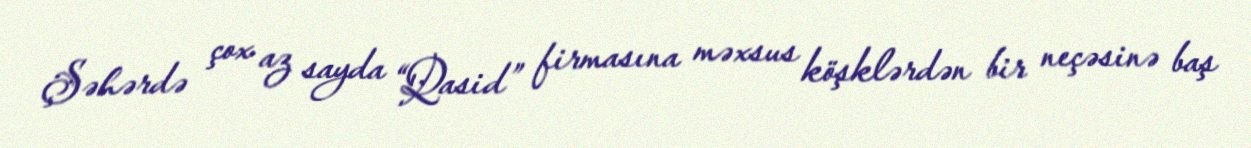
Şəhərdə çox az sayda “Qasid” firmasına məxsus köşklərdən bir neçəsinə baş